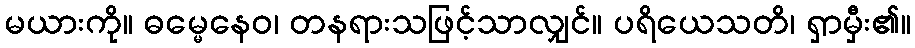
မယားကို။ ဓမ္မေနေဝ၊ တနရားသဖြင့်သာလျှင်။ ပရိယေသတိ၊ ရှာမှီး၏။